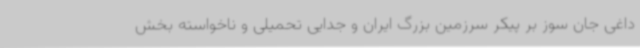
داغی جان سوز بر پیکر سرزمین بزرگ ایران و جدایی تحمیلی و ناخواسته بخش